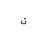
Letter: _non